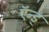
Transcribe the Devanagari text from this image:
ऍन्ड्